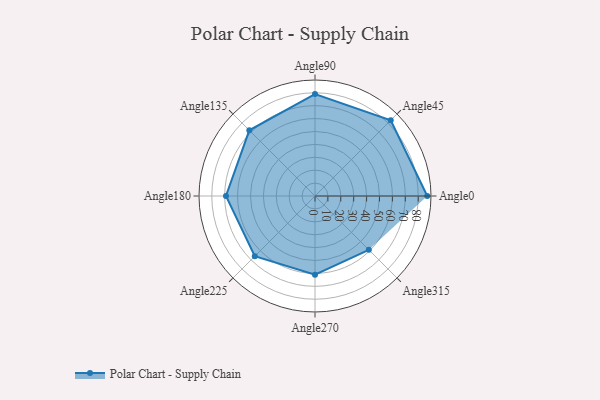
{"axis": {"x": "Angle", "y": "Radius"}, "legend": [""], "data": [{"x": "Angle0", "y": 87.0, "type": ""}, {"x": "Angle45", "y": 83.0, "type": ""}, {"x": "Angle90", "y": 79.0, "type": ""}, {"x": "Angle135", "y": 72.0, "type": ""}, {"x": "Angle180", "y": 69.0, "type": ""}, {"x": "Angle225", "y": 66.0, "type": ""}, {"x": "Angle270", "y": 61.0, "type": ""}, {"x": "Angle315", "y": 59.0, "type": ""}]}